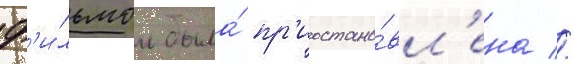
ф'и́льмом была́ пр'иостано́вл'ена //